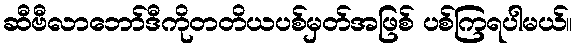
ဆီဗီလာဘော်ဒီကိုတတိယပစ်မှတ်အဖြစ် ပစ်ကြရပါမယ်။